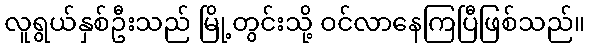
လူရွယ်နှစ်ဦးသည် မြို့တွင်းသို့ ဝင်လာနေကြပြီဖြစ်သည်။